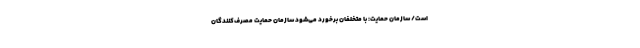
است/ سازمان حمایت: با متخلفان برخورد می‌شود سازمان حمایت مصرف‌کنندگان